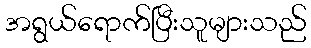
အရွယ်ရောက်ပြီးသူများသည်